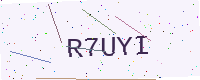
Text: R7UYI